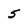
Character: 5